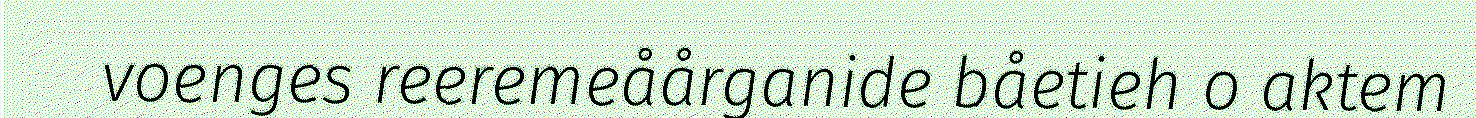
voenges reeremeåårganide båetieh o aktem